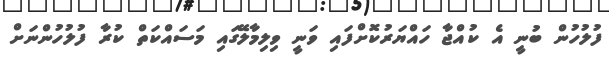
ފުލުހުން ބުނީ އެ ކުއްޖާ ހައްޔަރުކޮށްފައި ވަނީ ވިލިމާލޭގައި މަސައްކަތް ކުރާ ފުލުހުންނަށް